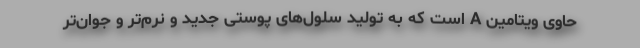
حاوی ویتامین A است که به تولید سلول‌های پوستی جدید و نرم‌تر و جوان‌تر